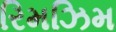
રિમઝિમ